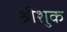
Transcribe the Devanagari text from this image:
श्रीशुक